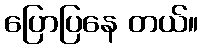
ပြောပြနေ တယ်။